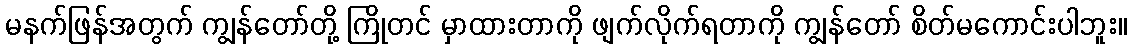
မနက်ဖြန်အတွက် ကျွန်တော်တို့ ကြိုတင် မှာထားတာကို ဖျက်လိုက်ရတာကို ကျွန်တော် စိတ်မကောင်းပါဘူး။